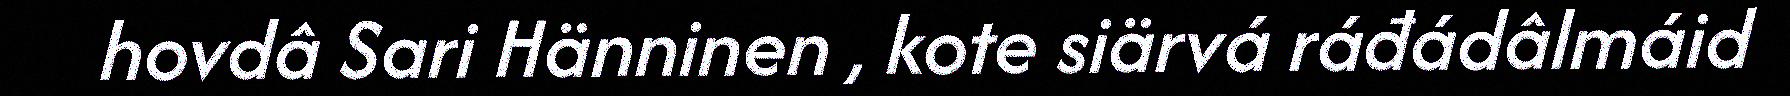
hovdâ Sari Hänninen , kote siärvá ráđádâlmáid